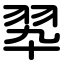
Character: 翆